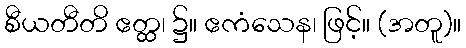
စီယတီတိ ဧတ္ထ၊ ၌။ ဧကံသေန၊ ဖြင့်။ (အတူ)။